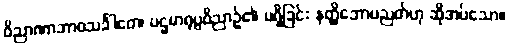
ဝိညာဏာဘာဝသင်္ခါတေ၊ ပဌမာရုပ္ပဝိညာဉ်၏ မရှိခြင်း နတ္ထိဘောပညတ်ဟု ဆိုအပ်သော။